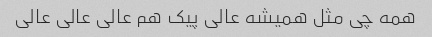
همه چی مثل همیشه عالی پیک هم عالی عالی عالی